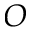
O